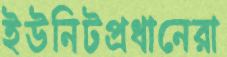
ইউনিটপ্রধানেরা